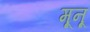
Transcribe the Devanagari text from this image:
मूनू